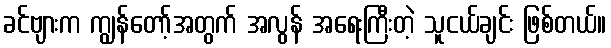
ခင်ဗျားက ကျွန်တော့်အတွက် အလွန် အရေးကြီးတဲ့ သူငယ်ချင်း ဖြစ်တယ်။